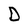
Character: D